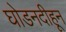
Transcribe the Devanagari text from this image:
घोडनदीहून